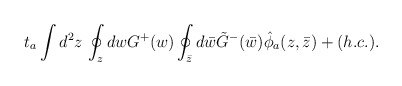
\begin{align*}t_a \int d^2z \, \oint_z dw G^+(w) \oint_{\bar{z}} d\bar{w} \tilde{G}^-(\bar{w}) \hat{\phi}_a(z,\bar{z}) +(h.c.).\end{align*}